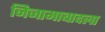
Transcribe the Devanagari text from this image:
निजामाबादला